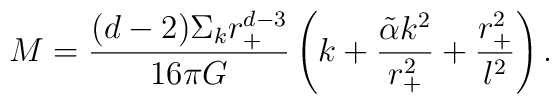
M=\frac{(d-2)\Sigma_k r_+^{d-3}}{16\pi G}\left (k +\frac{\tilde\alpha k^2}  {r_+^2} +\frac{r_+^2}{l^2}\right).